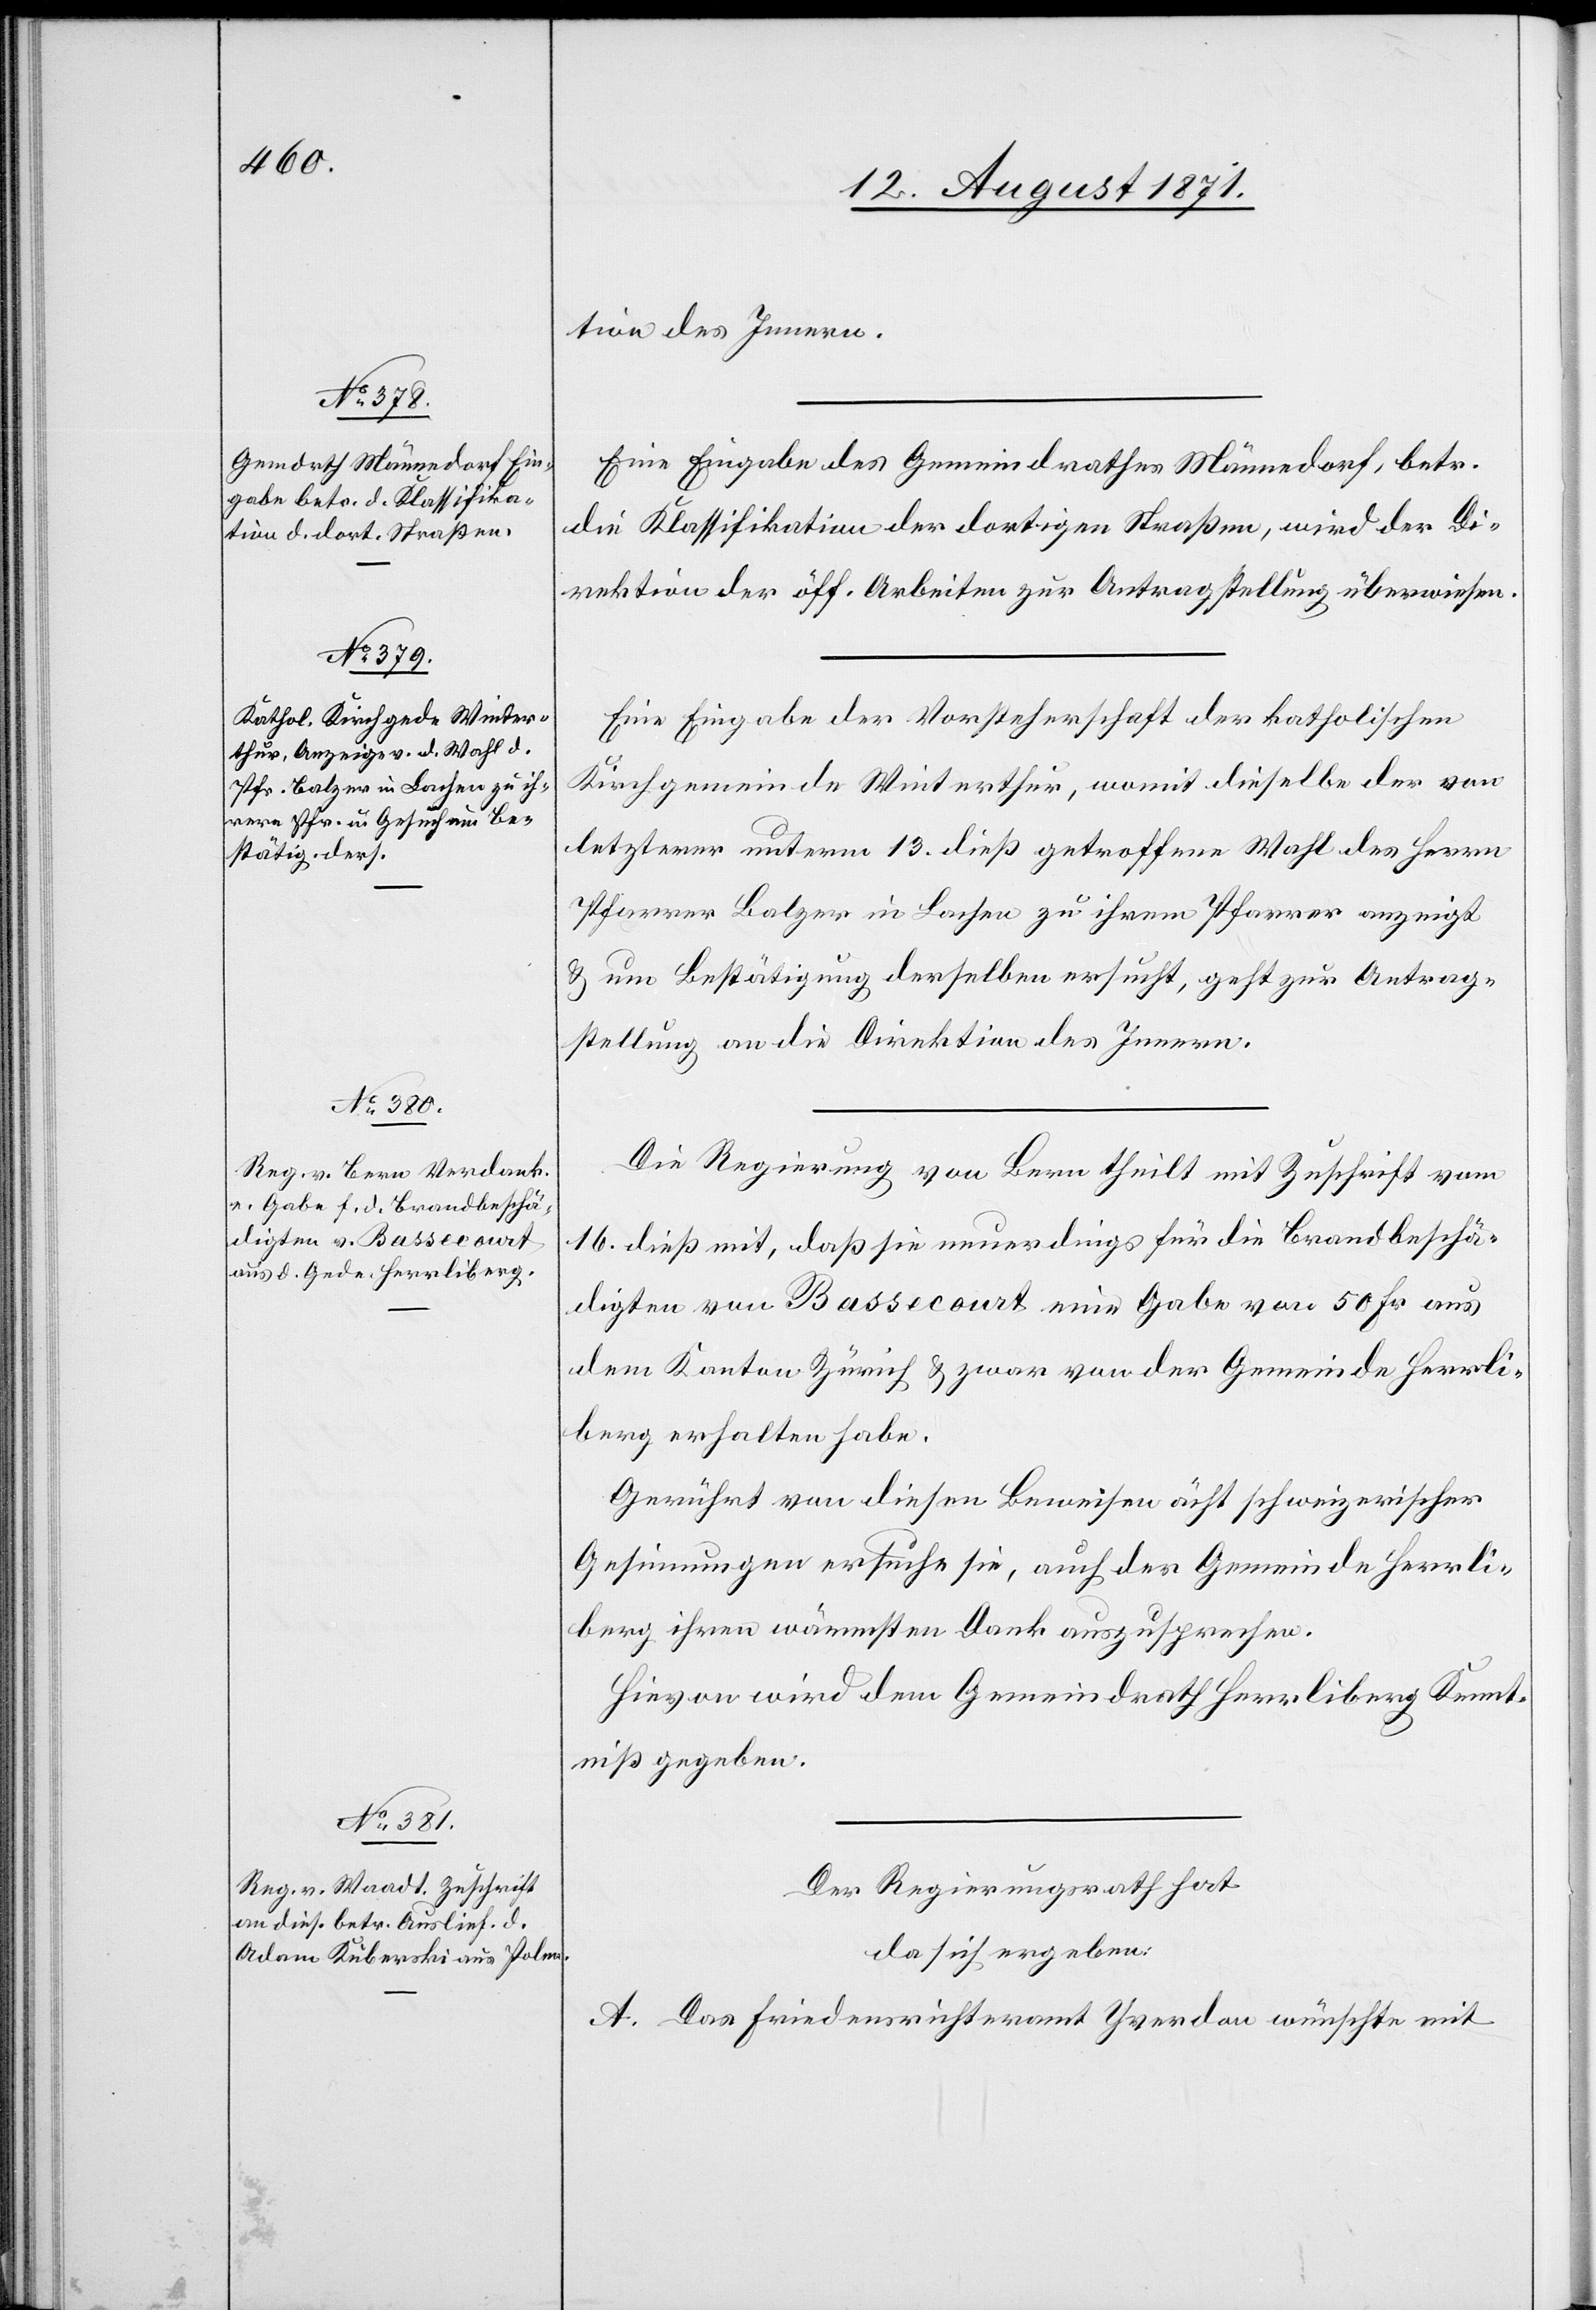
18. August 1871]
tion des Innern.
Eine Eingabe des Gemeindrathes Männedorf, betr.
die Klassifikation der dortigen Straßen, wird der Di¬
rektion der öff. Arbeiten zur Antragstellung überwiesen.
Eine Eingabe der Vorsteherschaft der katholischen
Kirchgemeinde Winterthur, womit dieselbe der von
letzterer unterm 13. dieß getroffene Wahl des Herrn
Pfarrer Balger in Lachen zu ihrem Pfarrer anzeigt
& um Bestätigung derselben ersucht, geht zur Antrag¬
stellung an die Direktion des Innern.
Die Regierung von Bern theilt mit Zuschrift vom
16. dieß mit, daß sie neuerdings für die Brandbeschä¬
digten von Bassecourt eine Gabe von 50 Fr. aus
dem Kanton Zürich & zwar von der Gemeinde Herrli¬
berg erhalten habe.
Gerührt von diesen Beweisen ächt schweizerischer
Gesinnungen ersuche sie, auch der Gemeinde Herrli¬
berg ihren wärmsten Dank auszusprechen.
Hievon wird dem Gemeindrath Herrliberg Kennt¬
niß gegeben.
Der Regierungsrath hat
da sich ergeben:
A. Das Friedensrichteramt Yverdon wünschte mit